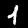
Digit: 1